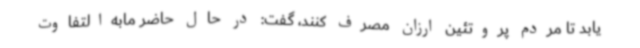
یابد تا مردم پروتئین ارزان مصرف کنند، گفت: در حال حاضر مابه‌التفاوت